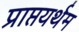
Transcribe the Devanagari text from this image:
प्राप्तयर्थम